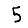
Digit: 5